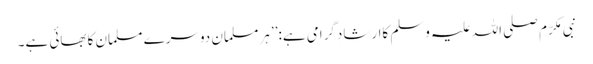
نبی مکرّم صلی اللہ علیہ وسلم کاارشادِگرامی ہے:’’ ہرمسلمان دوسرے مسلمان کابھائی ہے۔